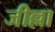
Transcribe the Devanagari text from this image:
जील्ला